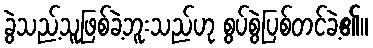
ခွဲသည့်သူဖြစ်ခဲ့ဘူးသည်ဟု စွပ်စွဲပြစ်တင်ခဲ့၏။